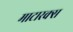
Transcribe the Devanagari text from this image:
माटारक्स